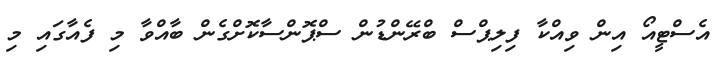
އެސްޓީއޯ އިން ވިއްކާ ފިލިޕްސް ބްރޭންޑުން ސްޕޮންސާކޮށްގެން ބާއްވާ މި ފެއާގައި މި